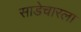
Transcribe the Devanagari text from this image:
साडेचारला